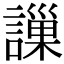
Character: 䜈